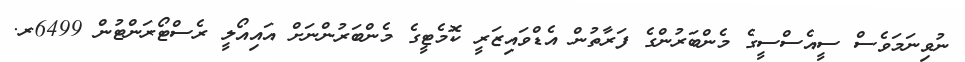
ނުވިނަމަވެސް ސީއެސްސީގެ މެންބަރުންގެ ފަރާތުން އެޑްވައިޒަރީ ކޮމެޓީގެ މެންބަރުންނަށް އައިއޯލީ ރެސްޓޯރަންޓުން 6499ރ.